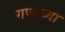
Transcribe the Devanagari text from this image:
गप्पांच्या